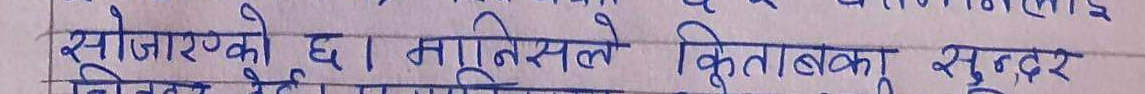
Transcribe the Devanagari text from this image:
सोजारुप्को छ । मानिसले किताबका सुन्दर